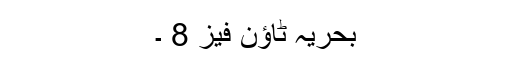
بحریہ ٹاؤن فیز 8 ۔